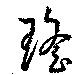
瑤